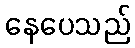
နေပေသည်